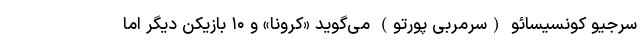
سرجیو کونسیسائو (سرمربی پورتو) می‌گوید «کرونا» و ۱۰ بازیکن دیگر اما